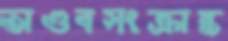
তাণ্ডবসংক্রান্ত